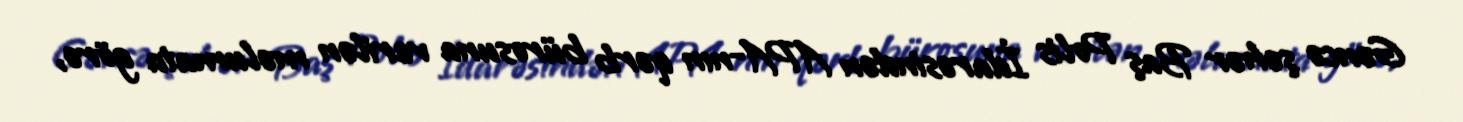
Gəncə şəhər Baş Polis İdarəsindən APA-nın qərb bürosuna verilən məlumata görə,